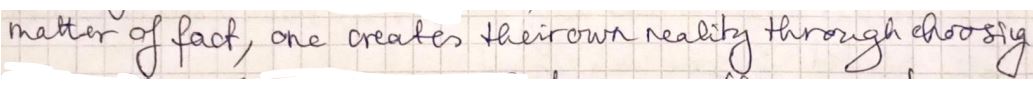
matter of fact, one creates the own reality through choosing